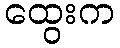
ထွေးက